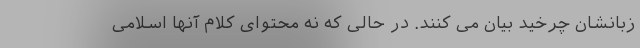
زبانشان چرخید بیان می کنند. در حالی که نه محتوای کلام آنها اسلامی